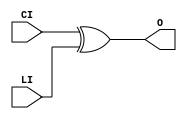
module XORCY (O, CI, LI);

    output O;

    input  CI, LI;

	xor X1 (O, CI, LI);


endmodule